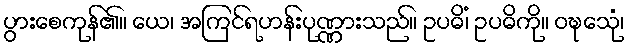
ပွားစေကုန်၏။ ယေ၊ အကြင်ရဟန်းပုဏ္ဏားသည်။ ဥပဓိံ၊ ဥပဓိကို။ ဝဍ္ဎေသုံ၊